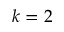
k = 2